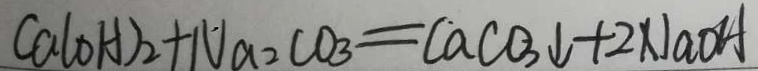
C a ( O H ) _ { 2 } + N a _ { 2 } C O _ { 3 } = C a C O _ { 3 } \downarrow + 2 N a O H